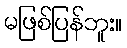
မဖြစ်ပြန်ဘူး။